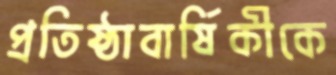
প্রতিষ্ঠাবার্ষিকীকে